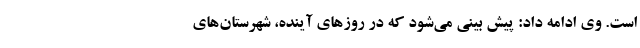
است. وی ادامه داد: پیش بینی می‌شود که در روزهای آینده، شهرستان‌های